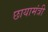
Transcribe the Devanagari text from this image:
छायामंत्री